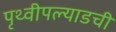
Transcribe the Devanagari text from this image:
पृथ्वीपल्याडची